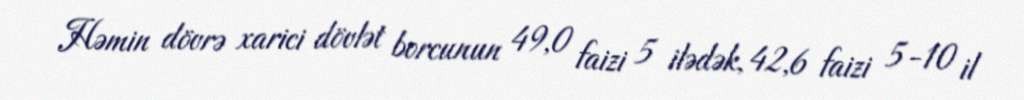
Həmin dövrə xarici dövlət borcunun 49,0 faizi 5 ilədək, 42,6 faizi 5-10 il